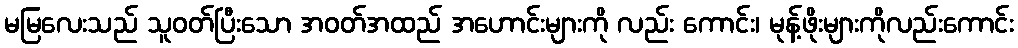
မမြလေးသည် သူဝတ်ပြီးသော အဝတ်အထည် အဟောင်းများကို လည်း ကောင်း၊ မုန့်ဖိုးများကိုလည်းကောင်း